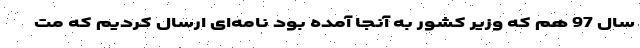
سال 97 هم که وزیر کشور به آنجا آمده بود نامه‌ای ارسال کردیم که مت